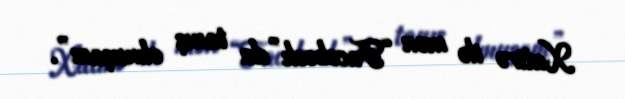
Xatirə ilə mən “Facebook”da tanış olmuşam”.